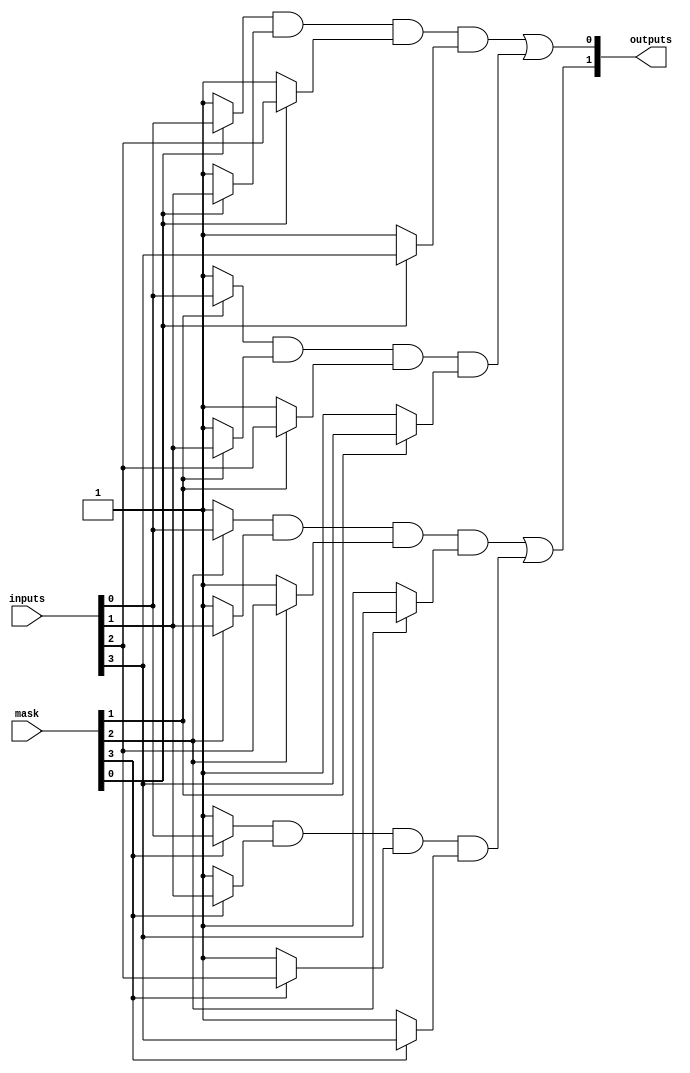
module MaskedPAL (
    input [N-1:0] inputs,         // N input signals
    input [P-1:0] mask,           // P masks for AND gates
    output [M-1:0] outputs        // M outputs
);

// Parameters
parameter N = 4;                // Number of inputs
parameter P = 4;                // Number of AND gates
parameter M = 2;                // Number of outputs

// Internal signals for AND gate outputs
wire [P-1:0] and_out;

// Programmable AND array
genvar i;
generate
    for (i = 0; i < P; i = i + 1) begin : and_array
        // Masked AND gate logic
        assign and_out[i] = (mask[i] ? inputs[0] : 1'b1) &  // Example masking for input 0
                             (mask[i] ? inputs[1] : 1'b1) &  // Example masking for input 1
                             (mask[i] ? inputs[2] : 1'b1) &  // Example masking for input 2
                             (mask[i] ? inputs[3] : 1'b1);    // Example masking for input 3
    end
endgenerate

// Fixed OR array
assign outputs[0] = and_out[0] | and_out[1]; // Example OR logic for output 0
assign outputs[1] = and_out[2] | and_out[3]; // Example OR logic for output 1

endmodule